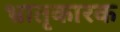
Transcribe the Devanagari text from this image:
भ्रातृकारक